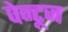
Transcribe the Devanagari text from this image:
वेन्टूज